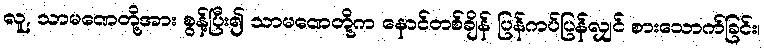
လူ, သာမဏေတို့အား စွန့်ပြီး၍ သာမဏေတို့က နောင်တစ်ချိန် ပြန်ကပ်ပြန်လျှင် စားသောက်ခြင်း၊